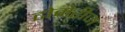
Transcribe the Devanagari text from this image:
टोमेरीज